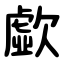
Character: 歔